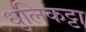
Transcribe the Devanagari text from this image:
धुलिकट्टा